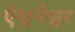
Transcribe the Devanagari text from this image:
ऐश्वनेश्वर